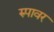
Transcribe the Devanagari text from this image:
रुपावर